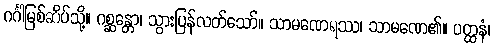
ဂင်္ဂါမြစ်ဆိပ်သို့။ ဂစ္ဆန္တော၊ သွားပြန်လတ်သော်။ သာမဏေရဿ၊ သာမဏေ၏။ ပတ္ထနံ၊